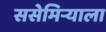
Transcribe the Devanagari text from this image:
ससेमिर्‍याला